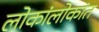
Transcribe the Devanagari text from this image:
लोकांलोकांत